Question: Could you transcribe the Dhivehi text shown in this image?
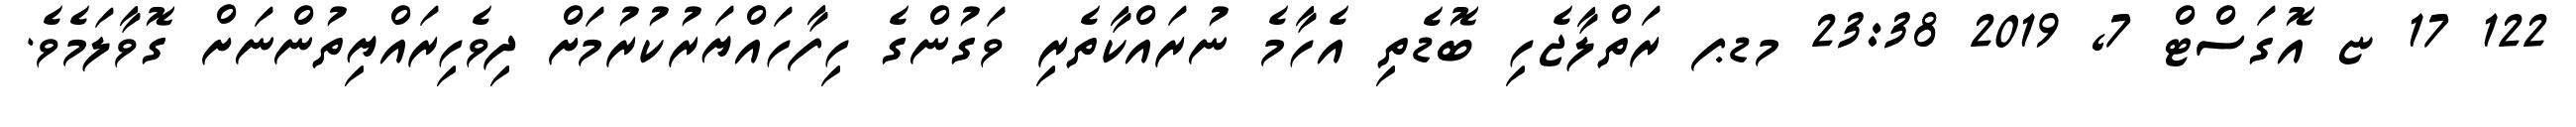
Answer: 122 17 ޏ އޮގަސްޓް 7, 2019 23:38 މޑޕ ރަތްލާޖެހި ބޮޑެތި އެހާމެ ނުރައްކާތެރި ވަގުންގެ ހިފާހައްޔަރުކުރުމަށް ދިވެހިރައްޔިތުންނަށް ގޮވާލަމެވެ.